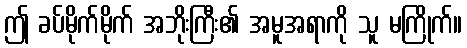
ဤ ခပ်မိုက်မိုက် အဘိုးကြီး၏ အမူအရာကို သူ မကြိုက်။